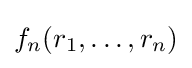
f_{n}(r_{1},\dots ,r_{n})